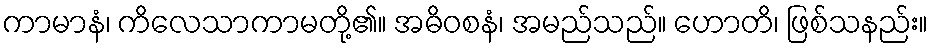
ကာမာနံ၊ ကိလေသာကာမတို့၏။ အဓိဝစနံ၊ အမည်သည်။ ဟောတိ၊ ဖြစ်သနည်း။